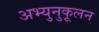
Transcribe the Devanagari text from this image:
अभ्युनुकूलन